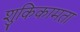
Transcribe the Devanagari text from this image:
शुकिकामता